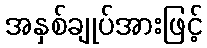
အနှစ်ချုပ်အားဖြင့်